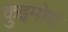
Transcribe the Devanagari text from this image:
कुइमोय